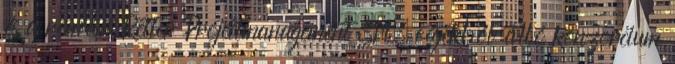
és a román Retter Projectmanagement Srl. cégekből álló konzorcium